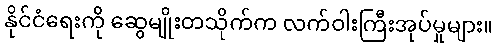
နိုင်ငံရေးကို ဆွေမျိုးတသိုက်က လက်ဝါးကြီးအုပ်မှုများ။